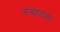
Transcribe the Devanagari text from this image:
रुबाबल